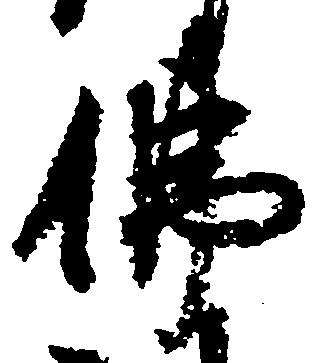
仏